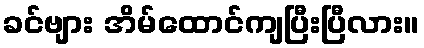
ခင်ဗျား အိမ်ထောင်ကျပြီးပြီလား။